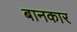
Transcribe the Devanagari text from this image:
बानकार